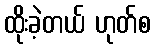
ထိုးခဲ့တယ် ဟုတ်စ